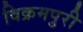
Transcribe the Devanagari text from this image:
विक्रमपुरी